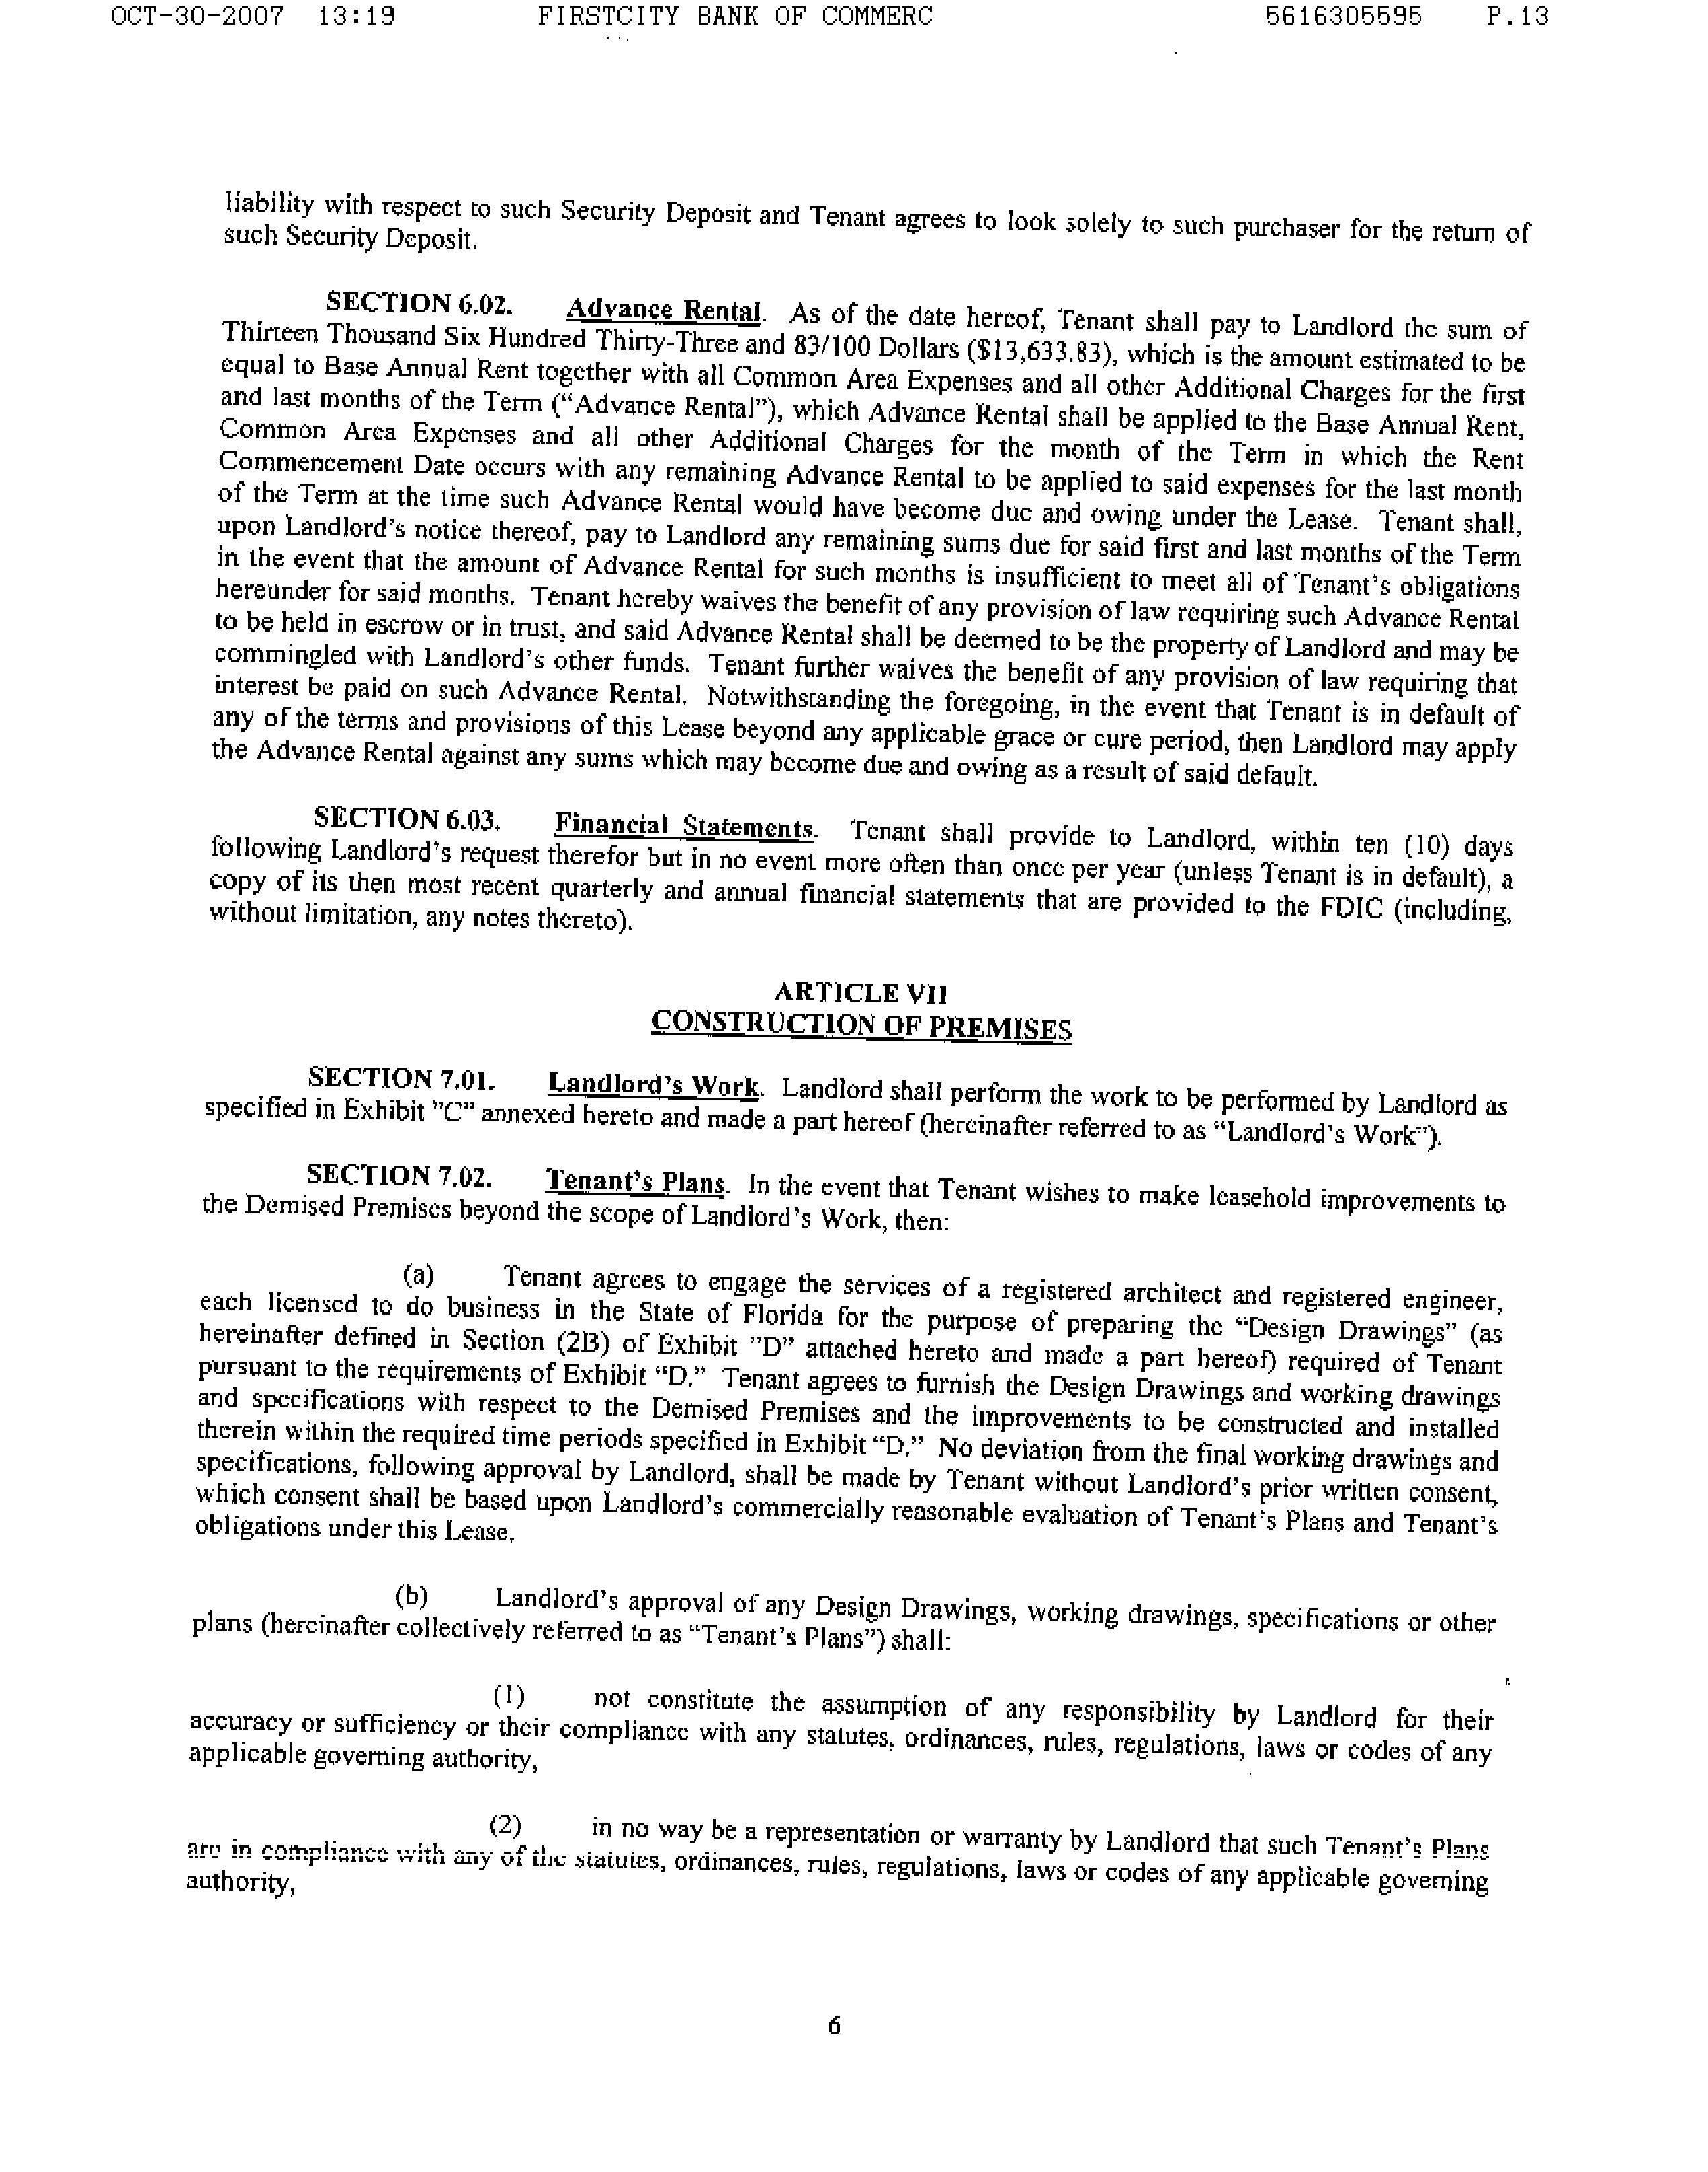
OCT-30-2007   13:19        FIRSTCITY BANK OF COMMERC                      5616305595      P.13

liability with respect to such Security Deposit and Tenant agrees to look solely to such purchaser for the return of
such Security Deposit.

                    SECTION 6.02.      Advance Rental.   As of the date hereof, Tenant shall pay to Landlord the sum of
Thirteen Thousand Six Hundred Thirty-Three and 83/100 Dollars ($13,633.83), which is the amount estimated to be
equal to Base Annual Rent together with all Common Area Expenses and all other Additional Charges for the first
and last months of the Term ("Advance Rental"), which Advance Rental shall be applied to the Base Annual Rent,
Common Area Expenses and all other Additional Charges for the month of the Term in which the Rent
Commencement Date occurs with any remaining Advance Rental to be applied to said expenses for the last month
of the Term at the time such Advance Rental would have become due and owing under the Lease. Tenant shall,
upon Landlord's notice thereof, pay to Landlord any remaining sums due for said first and last months of the Term
in the event that the amount of Advance Rental for such months is insufficient to meet all of Tenant's obligations
hereunder for said months. Tenant hereby waives the benefit of any provision of law requiring such Advance Rental
to be held in escrow or in trust, and said Advance Rental shall be deemed to be the property of Landlord and may be
commingled with Landlord's other funds. Tenant further waives the benefit of any provision of law requiring that
interest be paid on such Advance Rental. Notwithstanding the foregoing, in the event that Tenant is in default of
any of the terms and provisions of this Lease beyond any applicable grace or cure period, then Landlord may apply
the Advance Rental against any sums which may become due and owing as a result of said default.

                    SECTION 6.03.      Financial Statements.    Tenant shall provide to Landlord, within ten (10) days
following Landlord's request therefor but in no event more often than once per year (unless Tenant is in default), a
copy of its then most recent quarterly and annual financial statements that are provided to the FDIC (including,
without limitation, any notes thereto).

                                                  ARTICLE VII
                                           CONSTRUCTION OF PREMISES

                    SECTION 7.01.      Landlord's Work.  Landlord shall perform the work to be performed by Landlord as
specified in Exhibit "C" annexed hereto and made a part hereof (hereinafter referred to as "Landlord's Work").

                    SECTION 7.02.      Tenant's Plans.  In the event that Tenant wishes to make leasehold improvements to
the Demised Premises beyond the scope of Landlord's Work, then:

                    (a)      Tenant agrees to engage the services of a registered architect and registered engineer,
each licensed to do business in the State of Florida for the purpose of preparing the "Design Drawings" (as
hereinafter defined in Section (2B) of Exhibit "D" attached hereto and made a part hereof) required of Tenant
pursuant to the requirements of Exhibit "D." Tenant agrees to furnish the Design Drawings and working drawings
and specifications with respect to the Demised Premises and the improvements to be constructed and installed
therein within the required time periods specified in Exhibit "D." No deviation from the final working drawings and
specifications, following approval by Landlord, shall be made by Tenant without Landlord's prior written consent,
which consent shall be based upon Landlord's commercially reasonable evaluation of Tenant's Plans and Tenant's
obligations under this Lease.

                    (b)      Landlord's approval of any Design Drawings, working drawings, specifications or other
plans (hereinafter collectively referred to as "Tenant's Plans") shall:

                    (1)      not constitute the assumption of any responsibility by Landlord for their
accuracy or sufficiency or their compliance with any statutes, ordinances, rules, regulations, laws or codes of any
applicable governing authority,

                    (2)      in no way be a representation or warranty by Landlord that such Tenant's Plans
are in compliance with any of the statutes, ordinances, rules, regulations, laws or codes of any applicable governing
authority,

                                                                                                                                        6